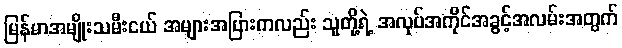
မြန်မာအမျိုးသမီးငယ် အများအပြားကလည်း သူတို့ရဲ့ အလုပ်အကိုင်အခွင့်အလမ်းအတွက်